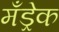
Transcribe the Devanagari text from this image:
मँड्रेक